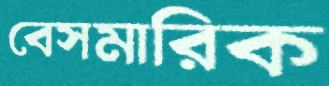
বেসমারিক